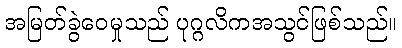
အမြတ်ခွဲဝေမှုသည် ပုဂ္ဂလိကအသွင်ဖြစ်သည်။